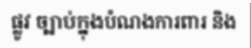
ផ្លូវ ច្បាប់ក្នុងបំណងការពារ និង